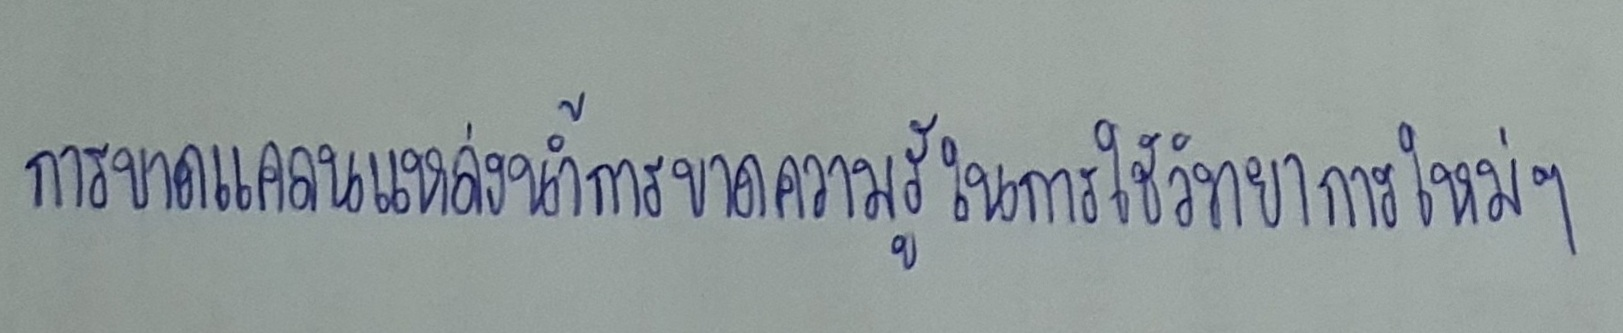
การขาดแคลนแหล่งน้ำการขาดความรู้ในการใช้วิทยาการใหม่ๆ